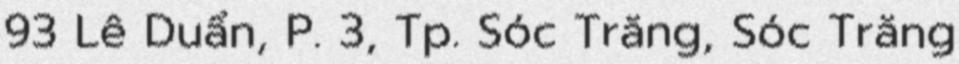
93 Lê Duẩn, P. 3, Tp. Sóc Trăng, Sóc Trăng